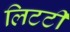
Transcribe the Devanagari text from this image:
लिटटी